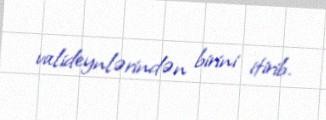
valideynlərindən birini itirib.